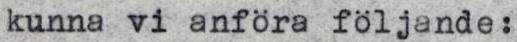
kunna vi anföra följande: